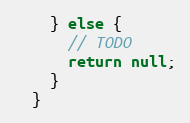
Language: Java
    } else {
      // TODO
      return null;
    }
  }